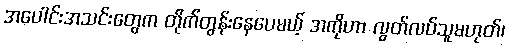
အပေါင်းအသင်းတွေက တိုက်တွန်းနေပေမယ့် အကိုဟာ လွတ်လပ်သူမဟုတ်၊